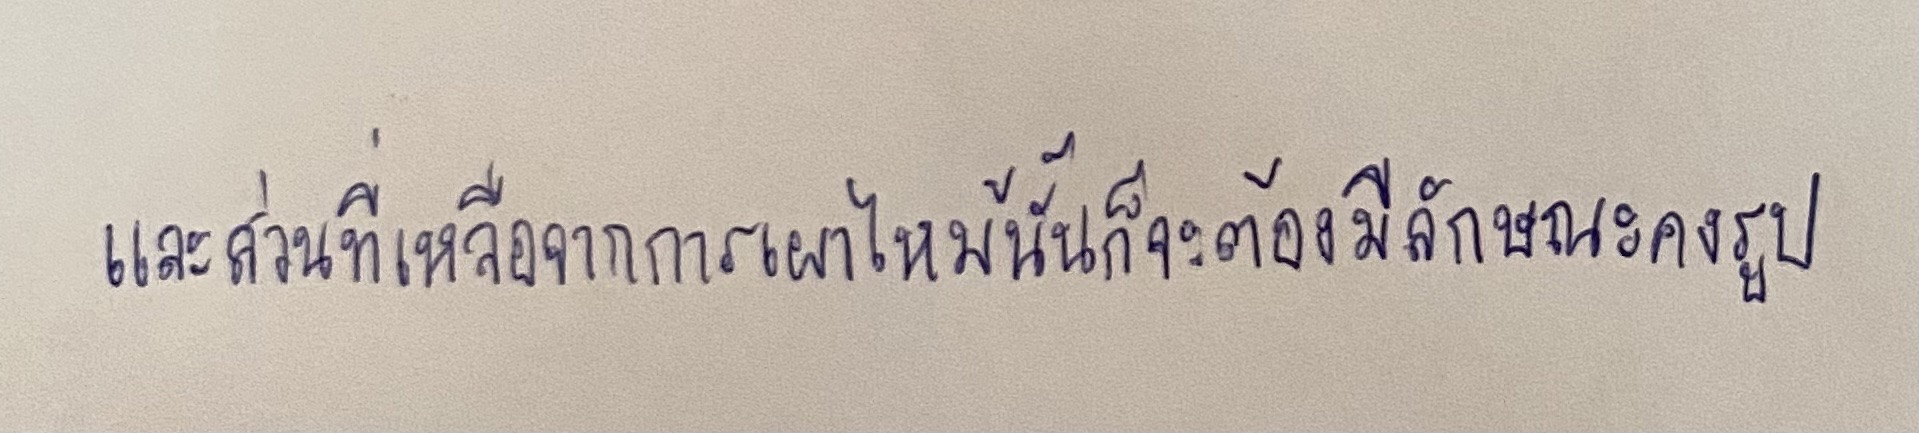
และส่วนที่เหลือจากการเผาไหม้นั้นก็จะต้องมีลักษณะคงรูป